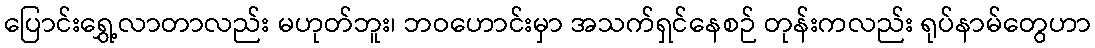
ပြောင်းရွှေ့လာတာလည်း မဟုတ်ဘူး၊ ဘဝဟောင်းမှာ အသက်ရှင်နေစဉ် တုန်းကလည်း ရုပ်နာမ်တွေဟာ